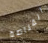
القناصة